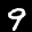
Label: 9